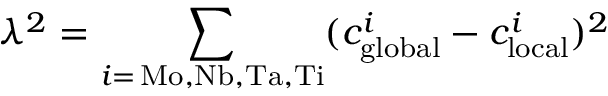
\lambda ^ { 2 } = \sum _ { i = \, \mathrm { M o , N b , T a , T i } } ( c _ { \mathrm { g l o b a l } } ^ { i } - c _ { \mathrm { l o c a l } } ^ { i } ) ^ { 2 }